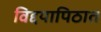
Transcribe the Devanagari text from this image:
विद्दयापिठात